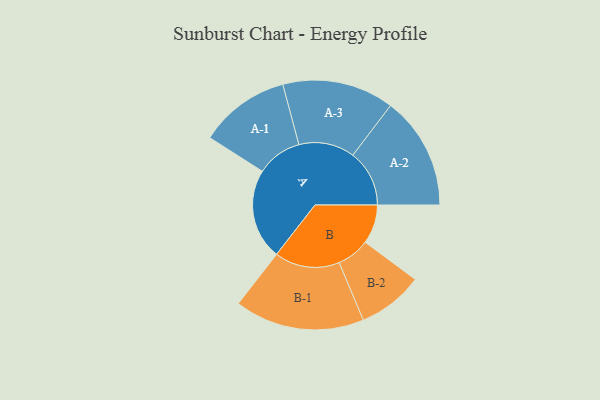
{"axis": {"x": "Segment", "y": "Value"}, "legend": ["", "A", "B"], "data": [{"x": "A", "y": 417, "type": ""}, {"x": "B", "y": 180, "type": ""}, {"x": "A-1", "y": 209, "type": "A"}, {"x": "A-2", "y": 260, "type": "A"}, {"x": "A-3", "y": 257, "type": "A"}, {"x": "B-1", "y": 299, "type": "B"}, {"x": "B-2", "y": 151, "type": "B"}]}